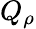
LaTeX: Q_{\rho}